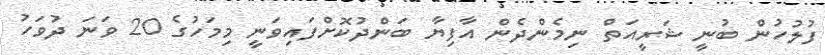
ފުލުހުން ބުނީ ޝަރީއަތް ނިމެންދެން އާފިޔާ ބަންދުކޮށްފައިވަނީ މިމަހުގެ 20 ވަނަ ދުވަހު